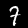
Label: 7